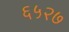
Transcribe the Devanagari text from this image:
६५२७